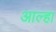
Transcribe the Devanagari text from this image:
आल्‍हा